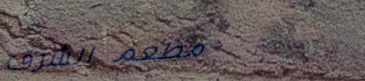
مطعم الشرق